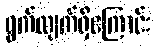
ရွက်လျက်ရှိကြောင်း